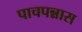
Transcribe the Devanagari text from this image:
पाचपन्नास